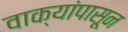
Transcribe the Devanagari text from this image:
वाक्यांपासून